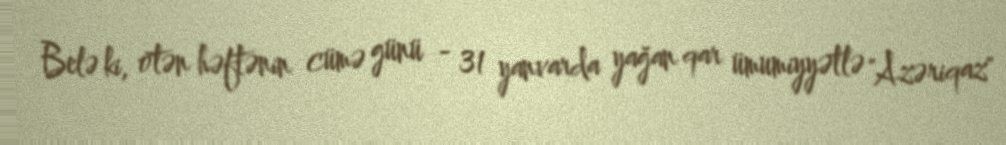
Belə ki, ötən həftənin cümə günü - 31 yanvarda yağan qar ümumiyyətlə "Azəriqaz"